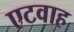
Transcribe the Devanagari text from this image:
एटवाह